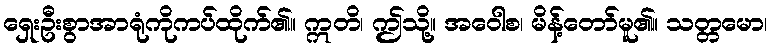
ရှေးဦးစွာအာရုံကိုကပ်ထိုက်၏။ ဣတိ၊ ဤသို့။ အဝေါစ၊ မိန့်တော်မူ၏။ သတ္တမော၊